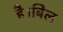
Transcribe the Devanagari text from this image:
है।बिल